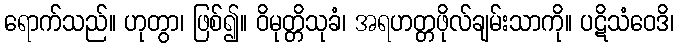
ရောက်သည်။ ဟုတွာ၊ ဖြစ်၍။ ဝိမုတ္တိသုခံ၊ အရဟတ္တဖိုလ်ချမ်းသာကို။ ပဋိသံဝေဒိ၊